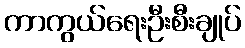
ကာကွယ်ရေးဦးစီးချုပ်